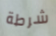
شرطة